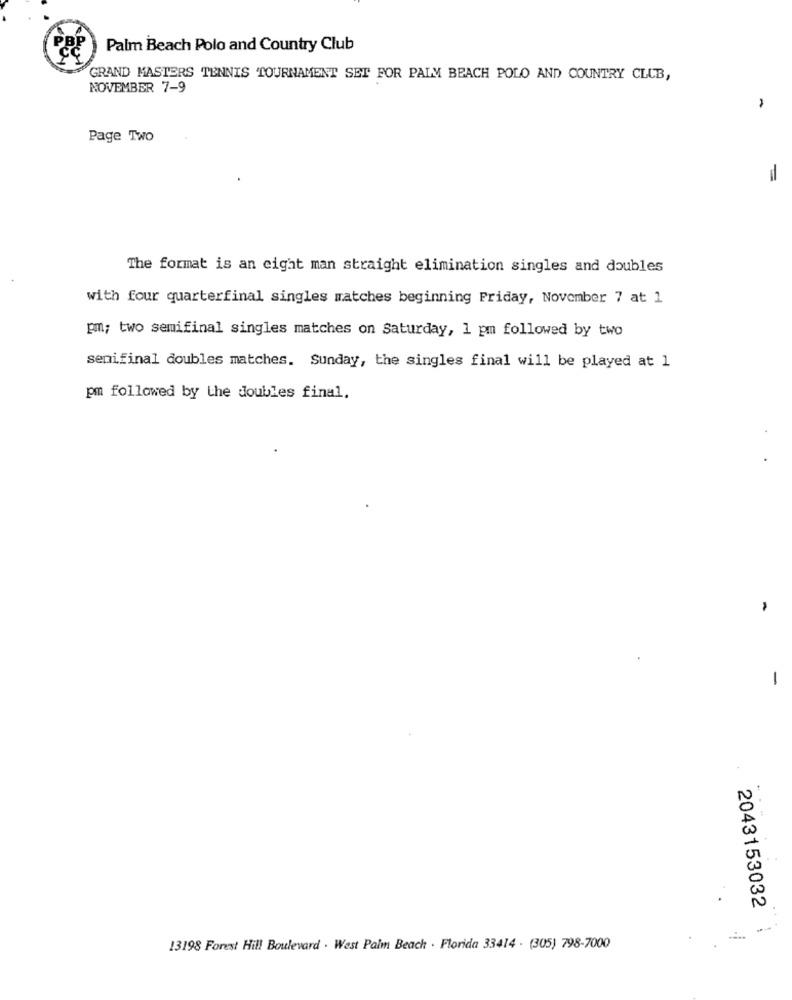
PBP
Palm Beach Polo and Country Club
GRAND MASTERS TENNIS TOURNAMENT SET FOR PALM BEACH POLO AND COUNTRY CLUB,
NOVEMBER 7-9
Page Two
=
The format is an eight man straight elimination singles and doubles
with four quarterfinal singles matches beginning Friday, November 7 at 1
pm; two semifinal singles matches on Saturday, 1 pm followed by two
senifinal doubles matches. Sunday, the singles final will be played at 1
pm followed by the doubles final.
-
2043153032
13198 Forest Hill Boulevard . West Palm Beach . Florida 33414 . (305) 798-7000